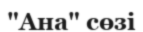
"Ана" сөзі